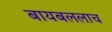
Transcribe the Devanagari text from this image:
बायबललाच